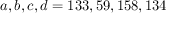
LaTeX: a , b , c , d = 1 3 3 , 5 9 , 1 5 8 , 1 3 4